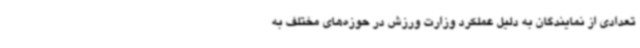
تعدادی از نمایندگان به دلیل عملکرد وزارت ورزش در حوزه‌های مختلف به